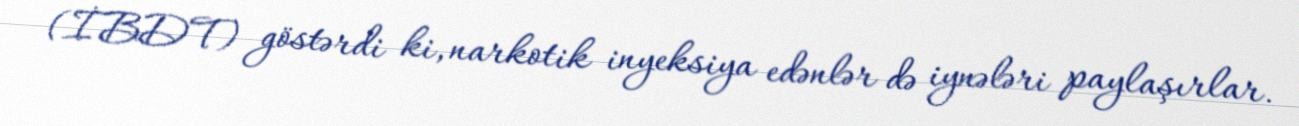
(İBDT) göstərdi ki, narkotik inyeksiya edənlər də iynələri paylaşırlar.